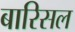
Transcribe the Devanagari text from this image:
बारिसल